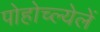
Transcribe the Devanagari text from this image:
पोहोच्ल्येलें